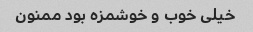
خیلی خوب و خوشمزه بود ممنون